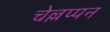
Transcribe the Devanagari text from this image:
चेल्लप्पन